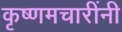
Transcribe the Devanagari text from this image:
कृष्णमचारींनी